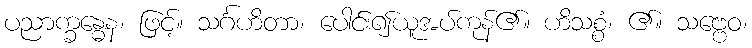
ပညာက္ခန္ဓေန၊ ဖြင့်။ သင်္ဂဟိတာ၊ ပေါင်း၍ယူအပ်ကုန်၏။ ဟိသစ္စံ၊ ၏။ သဗ္ဗေဝ၊